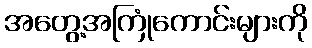
အတွေ့အကြုံကောင်းများကို